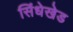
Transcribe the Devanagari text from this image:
सिंधेखेड